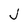
Character: J